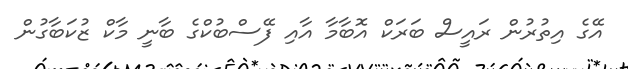
އޭގެ އިތުރުން ރައީސް ބަރަކް އޮބާމާ އާއި ފޭސްބުކްގެ ބާނީ މާކް ޒުކަބާގުން